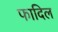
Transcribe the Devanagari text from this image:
फादिल